Civil Veterinary Dept. Assam report 1927-50 - 1927-1950
Year: 1927
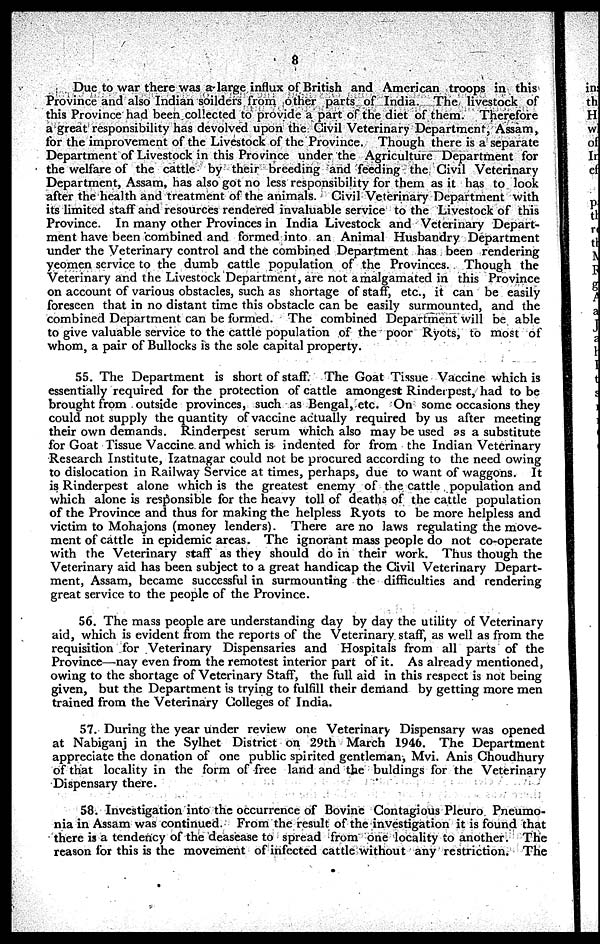
8
Due to war there was a large influx of British and American troops in this
Province and also Indian soilders from other parts of India. The livestock of
this Province had been collected to provide a part of the diet of them. Therefore
a great responsibility has devolved upon the Civil Veterinary Department, Assam,
for the improvement of the Livestock of the Province. Though there is a separate
Department of Livestock in this Province under the Agriculture Department for
the welfare of the cattle by their breeding and feeding the Civil Veterinary
Department, Assam, has also got no less responsibility for them as it has to look
after the health and treatment of the animals. Civil Veterinary Department with
its limited staff and resources rendered invaluable service to the Livestock of this
Province. In many other Provinces in India Livestock and Veterinary Depart-
ment have been combined and formed into an Animal Husbandry Department
under the Veterinary control and the combined Department has been rendering
yeomen service to the dumb cattle population of the Provinces. Though the
Veterinary and the Livestock Department, are not amalgamated in this Province
on account of various obstacles, such as shortage of staff, etc., it can be easily
foreseen that in no distant time this obstacle can be easily surmounted, and the
combined Department can be formed. The combined Department will be able
to give valuable service to the cattle population of the poor Ryots, to most of
whom, a pair of Bullocks is the sole capital property.
55. The Department is short of staff. The Goat Tissue Vaccine which is
essentially required for the protection of cattle amongest Rinderpest, had to be
brought from outside provinces, such as Bengal, etc. On some occasions they
could not supply the quantity of vaccine actually required by us after meeting
their own demands. Rinderpest serum which also may be used as a substitute
for Goat Tissue Vaccine and which is indented for from the Indian Veterinary
Research Institute, Izatnagar could not be procured according to the need owing
to dislocation in Railway Service at times, perhaps, due to want of waggons. It
is Rinderpest alone which is the greatest enemy of the cattle population and
which alone is responsible for the heavy toll of deaths of the cattle population
of the Province and thus for making the helpless Ryots to be more helpless and
+victim to Mohajons (money lenders). There are no laws regulating the move-
ment of cattle in epidemic areas. The ignorant mass people do not co-operate
with the Veterinary staff as they should do in their work. Thus though the
Veterinary aid has been subject to a great handicap the Civil Veterinary Depart-
ment, Assam, became successful in surmounting the difficulties and rendering
great service to the people of the Province.
56. The mass people are understanding day by day the utility of Veterinary
aid, which is evident from the reports of the Veterinary staff, as well as from the
requisition for Veterinary Dispensaries and Hospitals from all parts of the
Province—nay even from the remotest interior part of it. As already mentioned,
owing to the shortage of Veterinary Staff, the full aid in this respect is not being
given, but the Department is trying to fulfill their demand by getting more men
trained from the Veterinary Colleges of India.
57. During the year under review one Veterinary Dispensary was opened
at Nabiganj in the Sylhet District on 29th March 1946. The Department
appreciate the donation of one public spirited gentleman, Mvi. Anis Choudhury
of that locality in the form of free land and the buldings for the Veterinary
Dispensary there.
58. Investigation into the occurrence of Bovine Contagious Pleuro Pneumo-
nia in Assam was continued. From the result of the investigation it is found that
there is a tendency of the deasease to spread from one locality to another. The
reason for this is the movement of infected cattle without any restriction. The